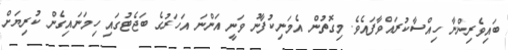
ބައިވެރިންނާ ހިއްސާކުރައްވާފައެވެ. މިގޮތުން އެމަނިކުފާނު ވަނީ އަންނަ އަހަރުގެ ބަޖެޓުގައި ހިމަނައިގެން ކުރިޔަށް